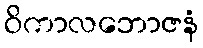
ဝိကာလဘောဇနံ